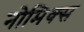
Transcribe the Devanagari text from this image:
नोमिक्स